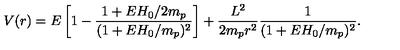
V ( r ) = E \left[ 1 - \frac { 1 + E H _ { 0 } / 2 m _ { p } } { ( 1 + E H _ { 0 } / m _ { p } ) ^ { 2 } } \right] + \frac { L ^ { 2 } } { 2 m _ { p } r ^ { 2 } } \frac { 1 } { ( 1 + E H _ { 0 } / m _ { p } ) ^ { 2 } } .